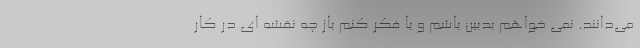
می‌دانند. نمی خواهم بدبین باشم و یا فکر کنم باز چه نقشه ای در کار